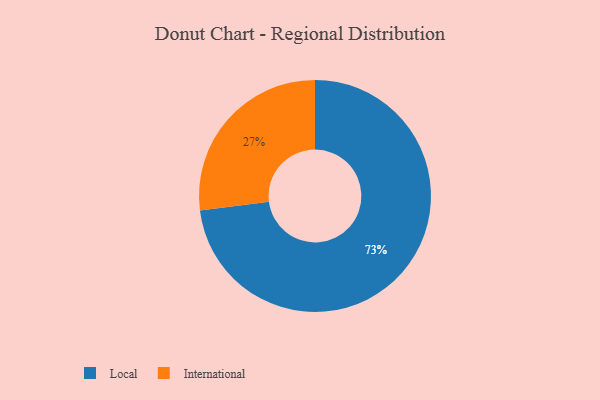
{"axis": {"x": "Category", "y": "Percentage"}, "legend": ["International", "Local"], "data": [{"x": "Local", "y": 73, "type": "Local"}, {"x": "International", "y": 27, "type": "International"}]}